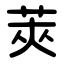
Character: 莢